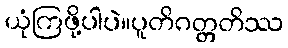
ယုံကြဖို့ပါပဲ။ပူတိဂတ္တတိဿ